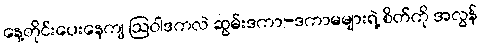
နေ့တိုင်းပေးနေကျ ဩဝါဒကလဲ ဆွမ်းဒကာ-ဒကာမများရဲ့ စိတ်ကို အလွန်